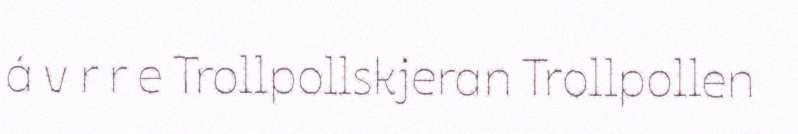
á v r r e Trollpollskjeran Trollpollen